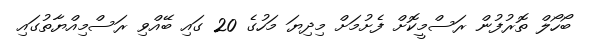
ބޯހޯލް ތޮރުފުން ރަސްމީކޮށް ފެށުމަށް މިދިޔަ މަހުގެ 20 ގައި ބޭއްވި ރަސްމިއްޔާތުގައި